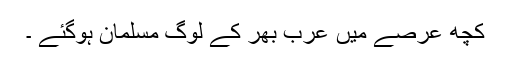
کچھ عرصے میں عرب بھر کے لوگ مسلمان ہوگئے ۔